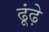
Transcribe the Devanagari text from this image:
ढूंढ़े